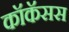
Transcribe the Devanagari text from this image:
कॉकॅसस